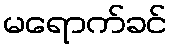
မရောက်ခင်